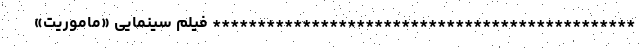
*********************************************** فیلم سینمایی «ماموریت»